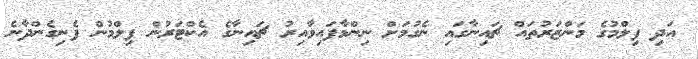
އަދި ފިލްމުގެ މަންޒަރުތައް ޗައިނާގައި ނެގުމަށް ނިންމާފައިވާއިރު ޗައިނާގެ އެކްޓަރުން ފިލްމުން ފެނިގެންދާނެ